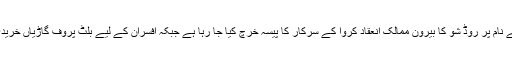
صاف پانی کے نام پر روڈ شو کا بیرون ممالک انعقاد کروا کے سرکار کا پیسہ خرچ کیا جا رہا ہے جبکہ افسران کے لیے بلٹ پروف گاڑیاں خریدی جا رہی ہیں۔